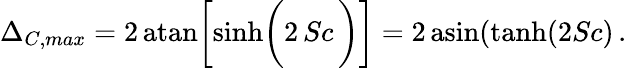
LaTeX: \Delta_{C,max}=2\, \mathrm{atan}\bigg[\mathrm{sinh}\bigg(2\, Sc\, \bigg)\bigg]=2\, \mathrm{asin}(\mathrm{tanh}(2Sc)\, .